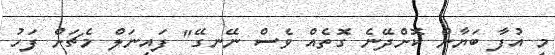
މި އުފާ ބަޔާން ކޮށްދޭނެ ގޮތެއް ވެސް ނޭނގޭ" ފައިނަލް މެޗަށް ފަހު